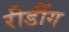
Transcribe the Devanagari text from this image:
रीडींग